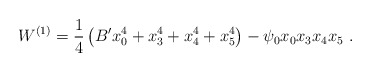
\begin{align*}W^{(1)} = {1\over 4} \left(B' x_0^4 + x_3^4 + x_4^4 + x_5^4\right) -\psi_0 x_0 x_3 x_4 x_5~.\end{align*}